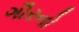
ગૌરનો